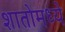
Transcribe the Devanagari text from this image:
शातोमध्ये